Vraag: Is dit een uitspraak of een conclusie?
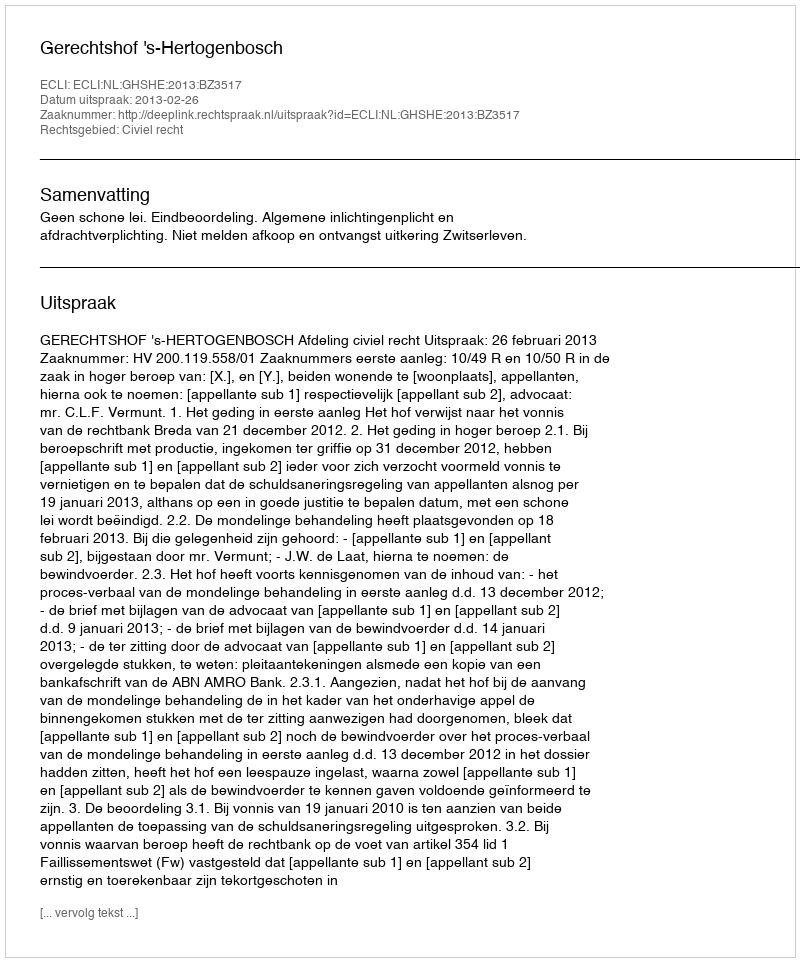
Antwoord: Uitspraak